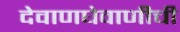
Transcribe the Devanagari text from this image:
देवाणघेवाणीची